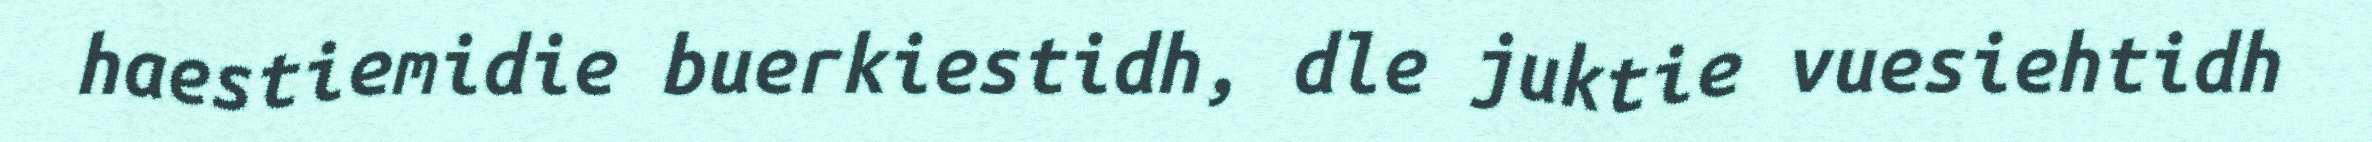
haestiemidie buerkiestidh, dle juktie vuesiehtidh